Elephants and their diseases
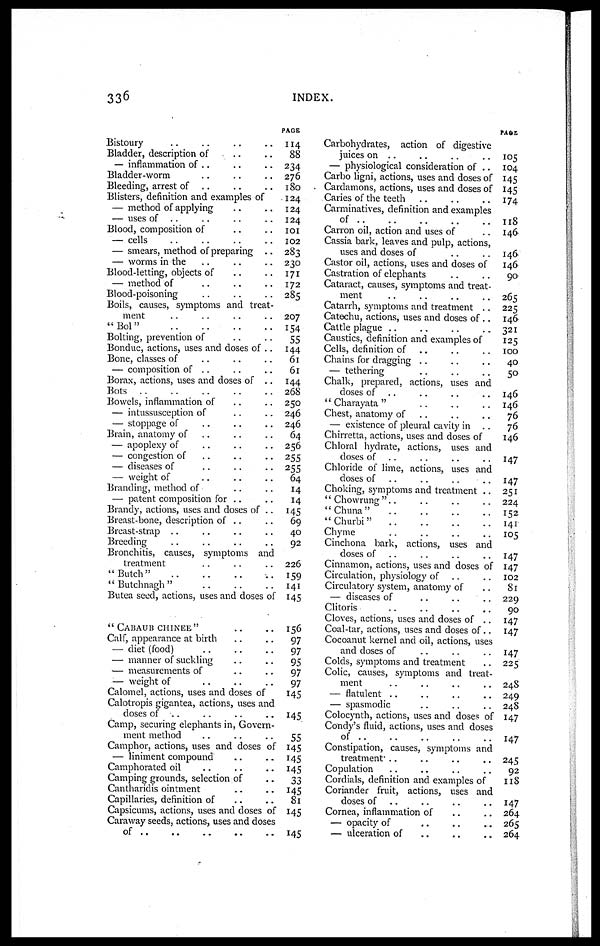
336
INDEX.
Bistoury
Bladder, description of
— inflammation of ..
Bladder-worm
Bleeding, arrest of
Blisters, definition and examples of
— method of applying
— uses of ..
Blood, composition of
— cells
— smears, method of preparing .
— worms in the
Blood-letting, objects of
— method of
Blood-poisoning
Boils, causes, symptoms and treat
ment
"Bol"
Bolting, prevention of
Bonduc, actions, uses and doses of .
Bone, classes of
— composition of ..
Borax, actions, uses and doses of .
Bots
Bowels, inflammation of
— intussusception of
— stoppage of
Brain, anatomy of
— apoplexy of
— congestion of
— diseases of
— weight of
Branding, method of
— patent composition for ..
.
Brandy, actions, uses and doses of .
Breast-bone, description of ..
Breast-strap
Breeding
Bronchitis, causes, symptoms and
treatment .. ..
"Butch"
" Butchnagh "
PAGE
114
88
234
276
180
124
124
124
101
102
283
230
171
172
285
207
154
55
144
61
61
144
268
250
246
246
64
256
255
255
64
14
14
145
69
40
92
226
159
141
Butea seed, actions, uses and doses of 145
" CABAUB CHINEE"
Calf, appearance at birth
— diet (food)
— manner of suckling
— measurements of
— weight of
Calomel, actions, uses and doses of
Calotropis gigantea, actions, uses and
doses of
Camp, securing elephants in, Govern¬
ment method
Camphor, actions, uses and doses of
— liniment compound
Camphorated oil
Camping grounds, selection of
Cantharidis ointment
Capillaries, definition of
Capsicums, actions, uses and doses of
Caraway seeds, actions, uses and doses
of
156
97
97
95
97
97
145
145
55
145
145
145
33
145
81
145
145
Carbohydrates, action of digestive
juices on ..
— physiological consideration of ..
Carbo ligni, actions, uses and doses of
Cardamons, actions, uses and doses of
Caries of the teeth
Carminatives, definition and examples
of
Carron oil, action and uses of
Cassia bark, leaves and pulp, actions,
uses and doses of
Castor oil, actions, uses and doses of
Castration of elephants
Cataract, causes, symptoms and treat-
ment
Catarrh, symptoms and treatment ..
Catechu, actions, uses and doses of ..
Cattle plague
Caustics, definition and examples of
Cells, definition of
Chains for dragging ..
— tethering
Chalk, prepared, actions, uses and
closes of
" Charayata "
Chest, anatomy of
— existence of pleural cavity in
Chirretta, actions, uses and doses of
Chloral hydrate, actions, uses and
doses of
Chloride of lime, actions, uses and
doses of
..
..
Choking, symptoms and treatment ..
" Chowrung"..
"Chuna"
"Churbi"
Chyme
Cinchona bark, actions, uses and
doses of
Cinnamon, actions, uses and doses of
Circulation, physiology of
Circulatory system, anatomy of
— diseases of
..
..
Clitoris
Cloves, actions, uses and doses of ..
Coal-tar, actions, uses and doses of ..
Cocoanut kernel and oil, actions, uses
and doses of
Colds, symptoms and treatment
Colic, causes, symptoms and treat-
ment
— flatulent ..
— spasmodic
Colocynth, actions, uses and doses of
Condy's fluid, actions, uses and doses
of
Constipation, causes, symptoms and
treatment -
Copulation
Cordials, definition and examples of
Coriander fruit, actions, uses and
doses of
Cornea, inflammation of
—opacity of .. .. ..
— ulceration of
PAGE
105
104
145
145
174
118
146
146
146
90
265
225
146
321
125
100
40
50
146
146
76
76
146
147
147
251
224
152
141
105
147
147
102
81
229
90
147
147
147
225
248
249
248
147
147
245
92
118
147
264
265
264